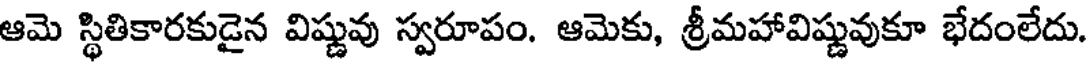
ఆమె స్థితికారకుడైన విష్ణువు స్వరూపం. ఆమెకు, శ్రీమహావిష్ణువుకూ భేదంలేదు.